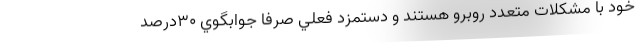
خود با مشكلات متعدد روبرو هستند و دستمزد فعلي صرفا جوابگوي ۳۰درصد